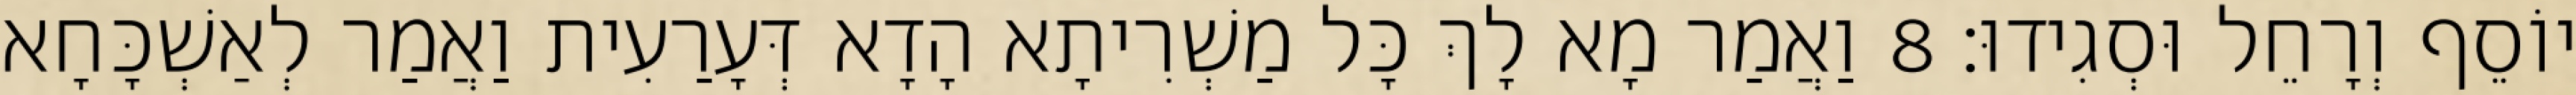
יוֹסֵף וְרָחֵל וּסְגִידוּ׃ 8 וַאֲמַר מָא לָךְ כָּל מַשְׁרִיתָא הָדָא דְּעָרַעִית וַאֲמַר לְאַשְׁכָּחָא